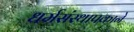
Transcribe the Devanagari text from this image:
धर्मसंस्थापकाने